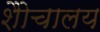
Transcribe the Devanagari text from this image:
शैोचालय